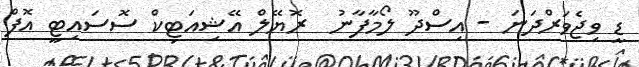
ޑީ ވިޖެވަރްދަނަ - އިސްދޫ ލޯމާފާނު  ރޮޔޭލް އޭޝިއަޓިކް ސޮސައިޓީ އޮފް